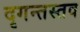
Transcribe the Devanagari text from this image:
दृगन्तस्तव